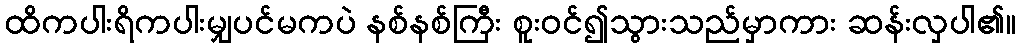
ထိကပါးရိကပါးမျှပင်မကပဲ နစ်နစ်ကြီး စူးဝင်၍သွားသည်မှာကား ဆန်းလှပါ၏။